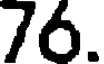
76.